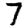
Digit: 7